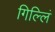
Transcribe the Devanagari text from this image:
गिल्लिं